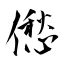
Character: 僽